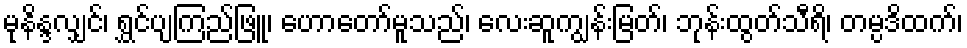
မုနိန္ဒလျှင်၊ ရွှင်ပျကြည်ဖြူ၊ ဟောတော်မူသည်၊ လေးဆူကျွန်းမြတ်၊ ဘုန်းထွတ်သီရိ၊ တမ္ပဒိထက်၊